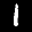
Label: 1